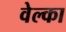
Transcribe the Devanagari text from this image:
वेल्का